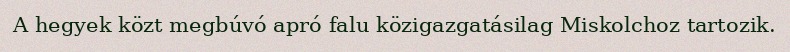
A hegyek közt megbúvó apró falu közigazgatásilag Miskolchoz tartozik.